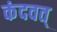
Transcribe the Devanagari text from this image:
कंदवत्‌